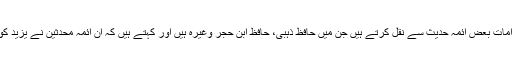
بعض علماء یزید کی شراب نوشی وغیرہ کے الزامات بعض ائمہ حدیث سے نقل کرتے ہیں جن میں حافظ ذہبی، حافظ ابن حجر وغیرہ ہیں اور کہتے ہیں کہ ان ائمہ محدثین نے یزید کو شرابی وغیرہ قرار دیا ہے اس پر جرح کی ہے۔